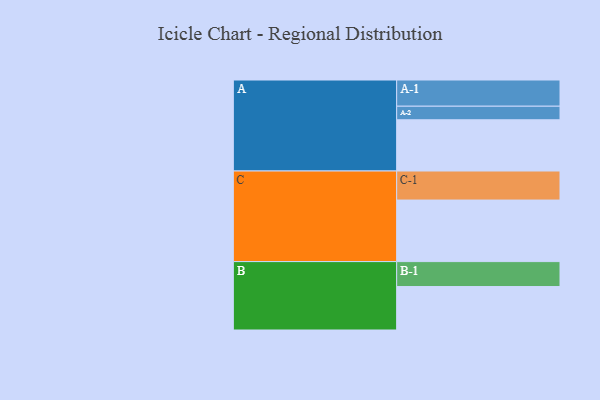
{"axis": {"x": "Segment", "y": "Value"}, "legend": ["", "A", "B", "C"], "data": [{"x": "A", "y": 487, "type": ""}, {"x": "B", "y": 413, "type": ""}, {"x": "C", "y": 585, "type": ""}, {"x": "A-1", "y": 249, "type": "A"}, {"x": "A-2", "y": 129, "type": "A"}, {"x": "B-1", "y": 237, "type": "B"}, {"x": "C-1", "y": 276, "type": "C"}]}